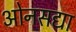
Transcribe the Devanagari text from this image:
ओनसद्या